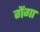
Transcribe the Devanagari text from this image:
गेंगा